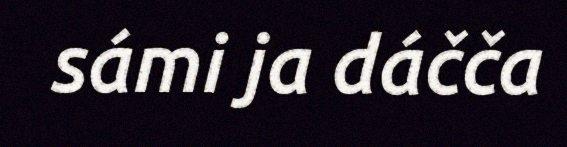
sámi ja dáčča